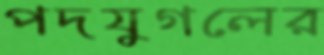
পদযুগলের